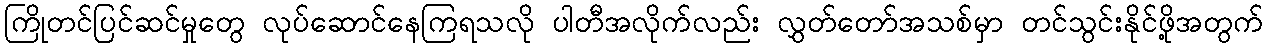
ကြိုတင်ပြင်ဆင်မှုတွေ လုပ်ဆောင်နေကြရသလို ပါတီအလိုက်လည်း လွှတ်တော်အသစ်မှာ တင်သွင်းနိုင်ဖို့အတွက်